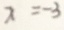
x = - 3